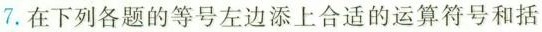
7.在下列各题的等号左边添上合适的运算符号和括